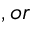
, o r